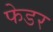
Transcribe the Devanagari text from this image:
फेडर